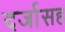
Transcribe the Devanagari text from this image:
दर्जासह